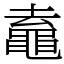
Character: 鼁